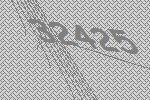
32425